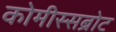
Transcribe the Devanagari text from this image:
कोमीस्सब्रोट